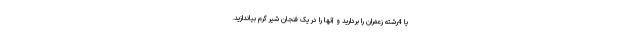
یا 4رشته زعفران را بردارید و آنها را در یک فنجان شیر گرم بیاندازید.